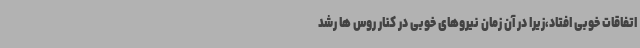
اتفاقات خوبی افتاد،زیرا در آن زمان نیروهای خوبی در کنار روس ها رشد